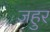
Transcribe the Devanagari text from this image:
ज़हुर